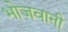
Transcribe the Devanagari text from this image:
भोजवानी